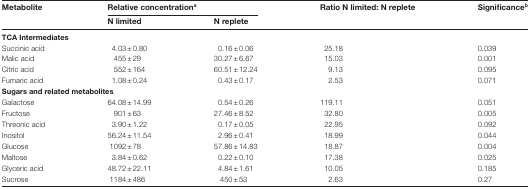
| Metabolite | <COLSPAN=2> Relative concentrationa | Ratio N limited: N replete | Significanceb |
 |  | N limited | N replete |  |  |
 | --- | --- | --- | --- | --- |
 | <COLSPAN=5> TCA Intermediates |
 | Succinic acid | 4.03±0.80 | 0.16±0.06 | 25.18 | 0.039 |
 | Malic acid | 455±29 | 30.27±6.67 | 15.03 | 0.001 |
 | Citric acid | 552±164 | 60.51±12.24 | 9.13 | 0.095 |
 | Fumaric acid | 1.08±0.24 | 0.43±0.17 | 2.53 | 0.071 |
 | <COLSPAN=5> Sugars and related metabolites |
 | Galactose | 64.08±14.99 | 0.54±0.26 | 119.11 | 0.051 |
 | Fructose | 901±63 | 27.46±8.52 | 32.80 | 0.005 |
 | Threonic acid | 3.90±1.22 | 0.17±0.05 | 22.95 | 0.092 |
 | Inositol | 56.24±11.54 | 2.96±0.41 | 18.99 | 0.044 |
 | Glucose | 1092±78 | 57.86±14.83 | 18.87 | 0.004 |
 | Maltose | 3.84±0.62 | 0.22±0.10 | 17.38 | 0.025 |
 | Glyceric acid | 48.72±22.11 | 4.84±1.61 | 10.05 | 0.185 |
 | Sucrose | 1184±486 | 450±53 | 2.63 | 0.27 |